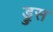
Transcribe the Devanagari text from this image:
ड्रुस